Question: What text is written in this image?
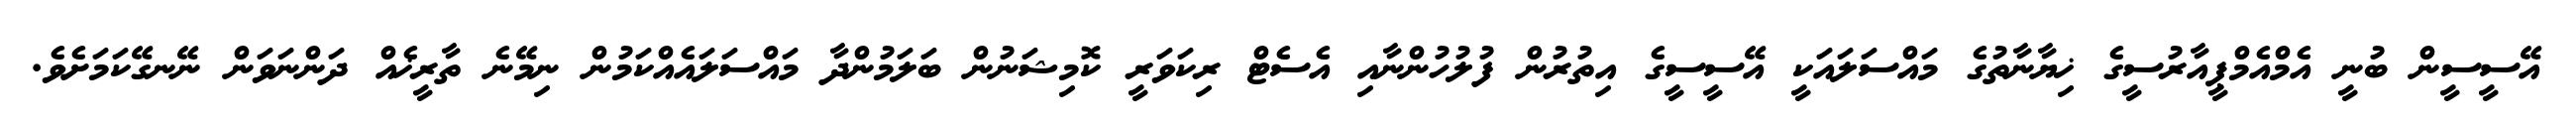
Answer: އޭސީސީން ބުނީ އެމްއެމްޕީއާރުސީގެ ޚިޔާނާތުގެ މައްސަލައަކީ އޭސީސީގެ އިތުރުން ފުލުހުންނާއި އެސެޓް ރިކަވަރީ ކޮމިޝަނުން ބަލަމުންދާ މައްސަލައެއްކަމުން ނިމޭނެ ތާރީޚެއް ދަންނަވަން ނޭނގޭކަމަށެވެ.